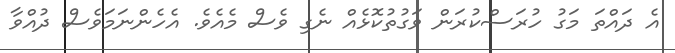
އެ ދައްތަ މަގު ހުރަސްކުރަން ވަގުތުކޮޅެއް ނެގި ވެސް މެއެވެ. އެހެންނަމަވެސް ދުއްވާ